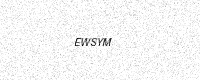
Text: EWSYM